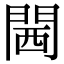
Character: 閪